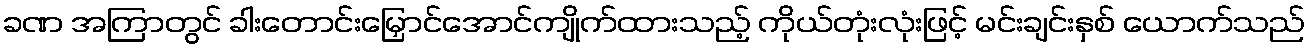
ခဏ အကြာတွင် ခါးတောင်းမြှောင်အောင်ကျိုက်ထားသည့် ကိုယ်တုံးလုံးဖြင့် မင်းချင်းနှစ် ယောက်သည်